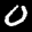
Label: 0